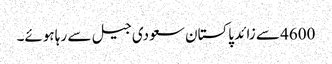
4600 سے زائد پاکستان سعودی جیل سے رہا ہوئے۔